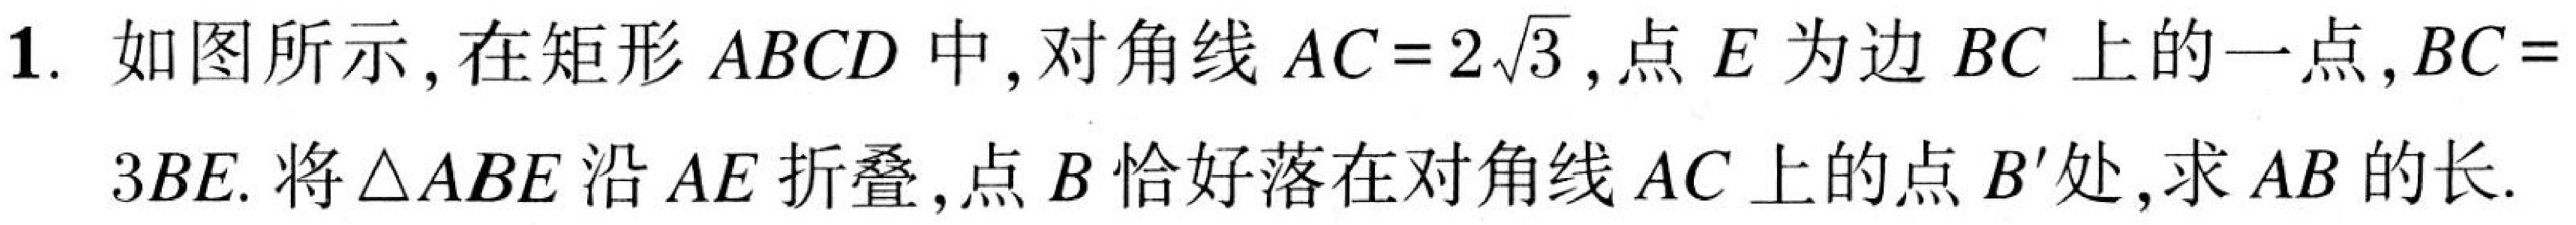
1. 如图所示,在矩形$ABCD$中,对角线$AC = 2\sqrt{3}$,点$E$为边$BC$上的一点,$BC = 3BE$. 将$\triangle ABE$沿$AE$折叠,点$B$恰好落在对角线$AC$上的点$B'$处,求$AB$的长.